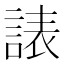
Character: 諘